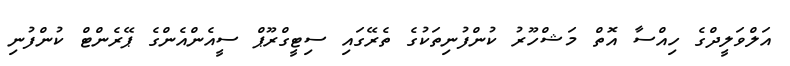
އަލްވަލީދްގެ ހިއްސާ އޮތް މަޝްހޫރު ކުންފުނިތަކުގެ ތެރޭގައި ސިޓީގްރޫޕް ސީއެންއެންގެ ޕޭރެންޓް ކުންފުނި